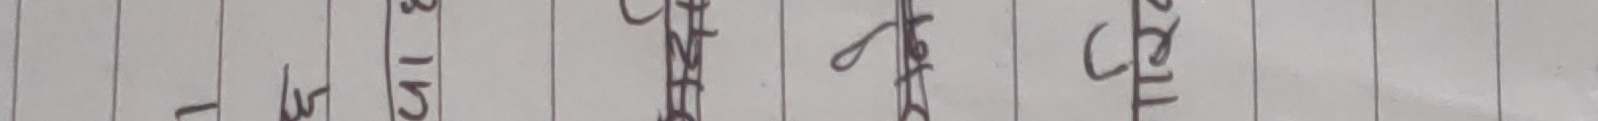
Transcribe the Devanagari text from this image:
वए३सश पक्रमेस आइपदट पइ३रल ईचरएट